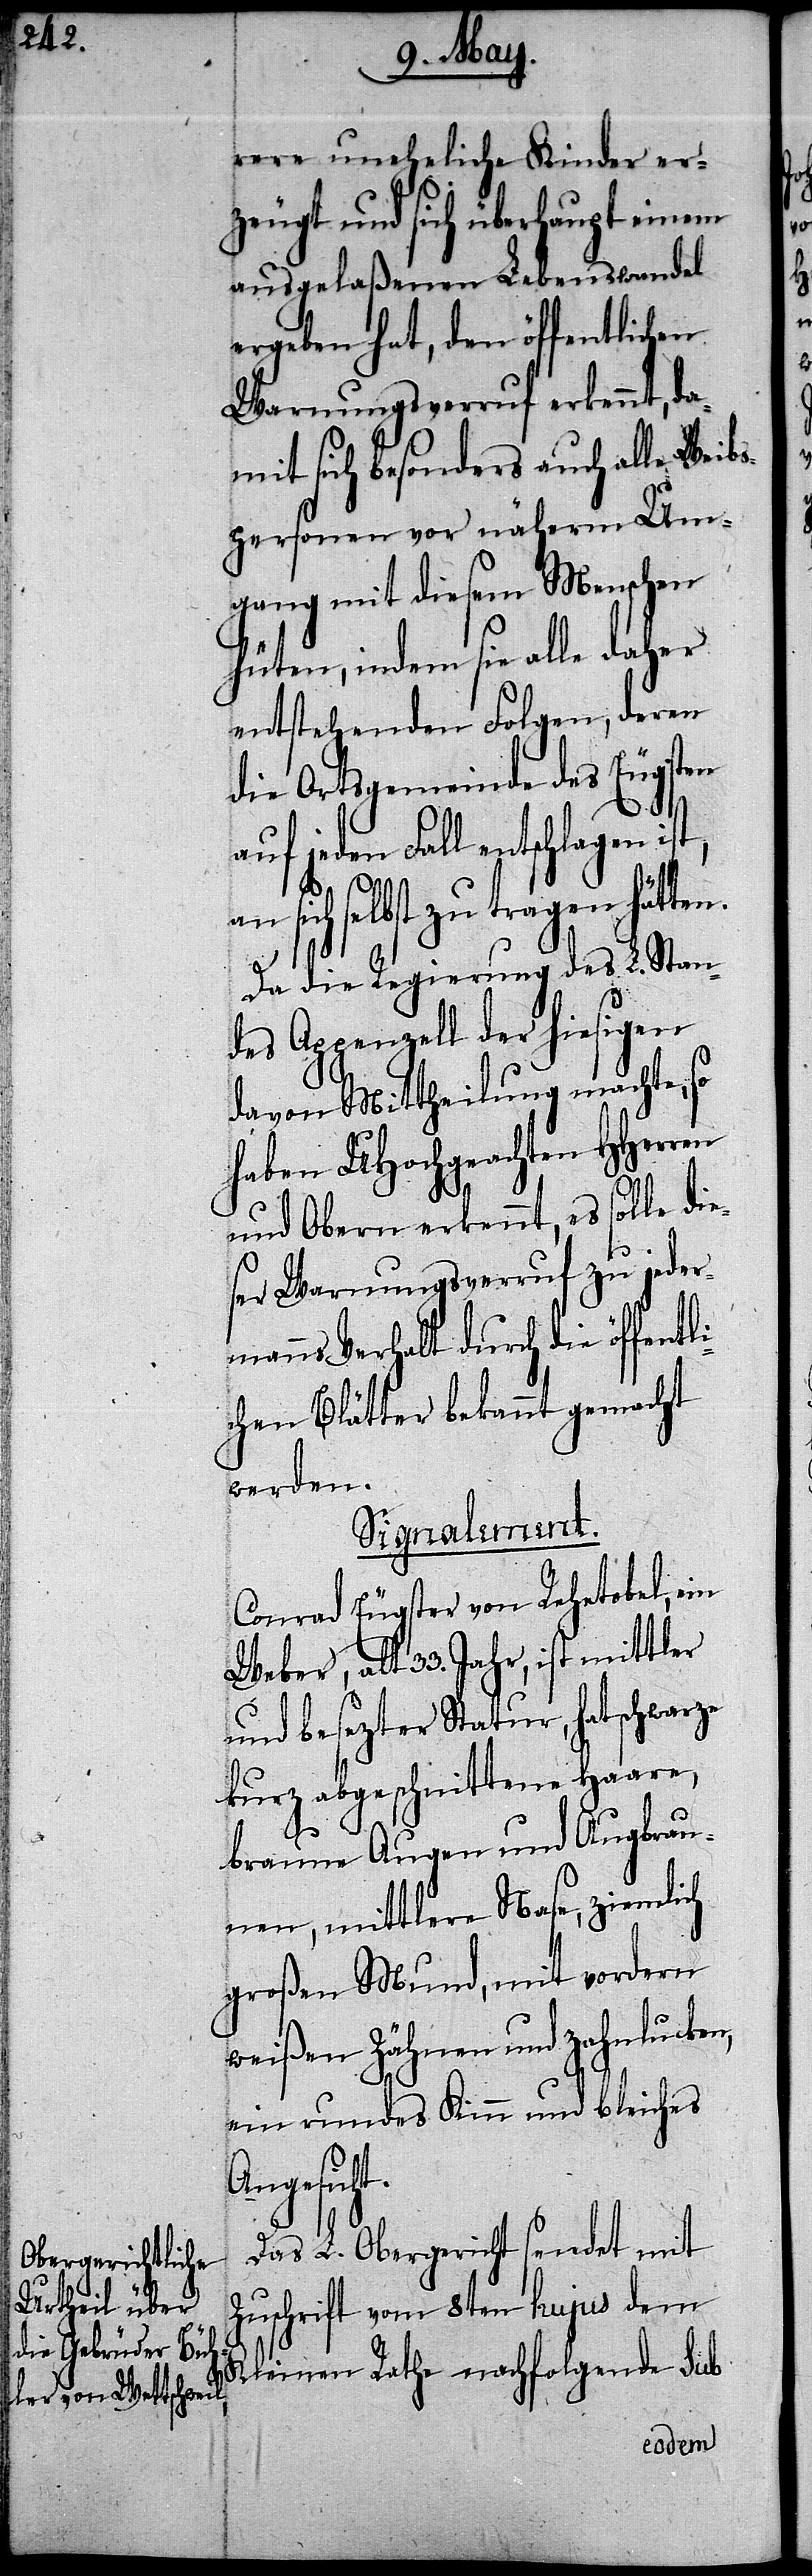
t.

rere uneheliche Kinder er¬
zeugt und sich überhaupt einem
ausgelaßenen Lebenswandel
ergeben hat, den öffentlichen
Warnungsverruf erkennt, da¬
mit sich besonders auch alle Weibs¬
personen vor näherm Um¬
gang mit diesem Menschen
hüten, indem sie alle daher
entstehenden Folgen, deren
die Ortsgemeinde des Eugster
auf jeden Fall entschlagen
selbst zu tragen hät¬
Da die Regierung des L. Stan¬
des Appenzell der hiesigen
davon Mittheilung machte, so
haben UHochgeachten HHerren
und Obern erkennt, es solle
ser Warnungsverruf zu jederm¬
anns Verhalt durch die öff¬
chen Blätter bekannt gemacht
werden.
Signalement.
Conrad Eugster von Rehetobel, ein
Weber, alt 33. Jahr, ist mittler
und besezter Statur, hat schwarze
kurz abgeschnittene Haare,
braune Augen und Augenbrau¬
nen, mittlere Nase, ziemlich
großen Mund, mit vordern
weißen Zähnen und zahnlucken
ein rundes Kinn und bleiches
Angesich¬
Das L. Obergericht sendet mit
Zuschrift vom 8ten hujus dem
Kleinen Rathe nachfolgende sub
die¬